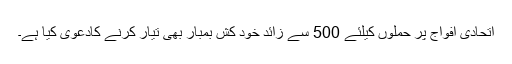
اتحادی افواج پر حملوں کیلئے 500 سے زائد خود کش بمبار بھی تیار کرنے کادعویٰ کیا ہے۔